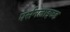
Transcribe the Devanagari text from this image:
पर्सनलाइज्ड